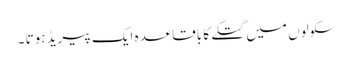
سکولوں میں گتکے کا باقاعدہ ایک پیریڈ ہوتا ۔